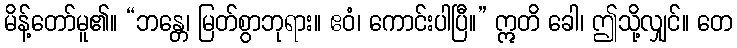
မိန့်တော်မူ၏။ “ဘန္တေ၊ မြတ်စွာဘုရား။ ဧဝံ၊ ကောင်းပါပြီ။” ဣတိ ခေါ၊ ဤသို့လျှင်။ တေ